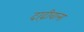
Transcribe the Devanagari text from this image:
दाढ़ीवाला